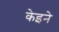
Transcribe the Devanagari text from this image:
केइने